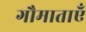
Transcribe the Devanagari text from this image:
गौमाताएँ